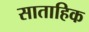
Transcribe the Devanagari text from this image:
साताहिक